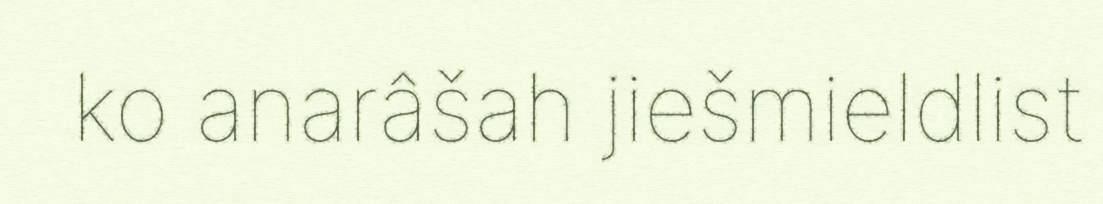
ko anarâšah jiešmieldlist